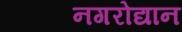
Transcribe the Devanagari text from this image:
नगरोद्यान